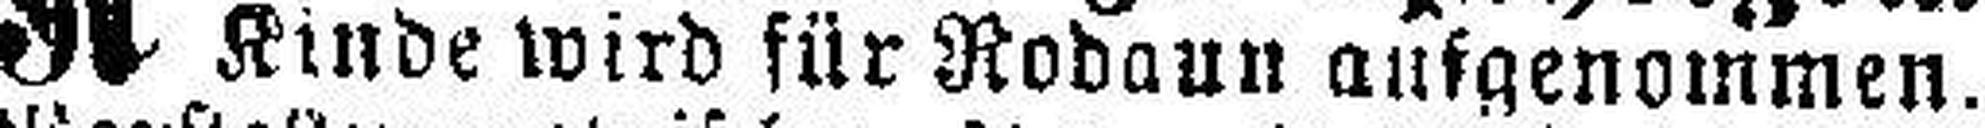
Kinde wird für Rodaun aufgenommen.